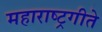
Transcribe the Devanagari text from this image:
महाराष्ट्रगीते